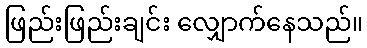
ဖြည်းဖြည်းချင်း လျှောက်နေသည်။